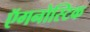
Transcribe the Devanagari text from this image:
ऍगनोस्टिक